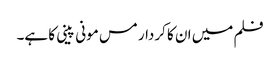
فلم میں ان کا کردار مس مونی پینی کا ہے۔